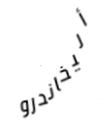
أليخاندرو